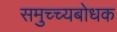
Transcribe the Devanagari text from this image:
समुच्च्यबोधक